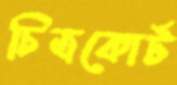
চিত্রকোর্ট